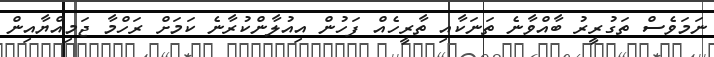
ނަމަވެސް ތަގުރީރު ބާއްވާނެ ތަނަކާއި ތާރީހެއް ފަހުން އިއުލާންކުރާނެ ކަމަށް ރަހްމާ ޖަމިއްޔާއިން